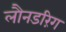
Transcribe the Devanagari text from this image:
लौनडरिंग